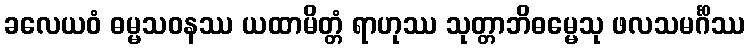
ခလေယဝံ ဓမ္မသဝနဿ ယထာမိတ္တံ ရာဟုဿ သုတ္တာဘိဓမ္မေသု ဖလသမင်္ဂိဿ